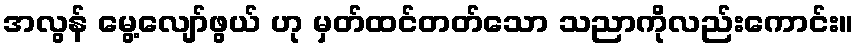
အလွန် မွေ့လျော်ဖွယ် ဟု မှတ်ထင်တတ်သော သညာကိုလည်းကောင်း။